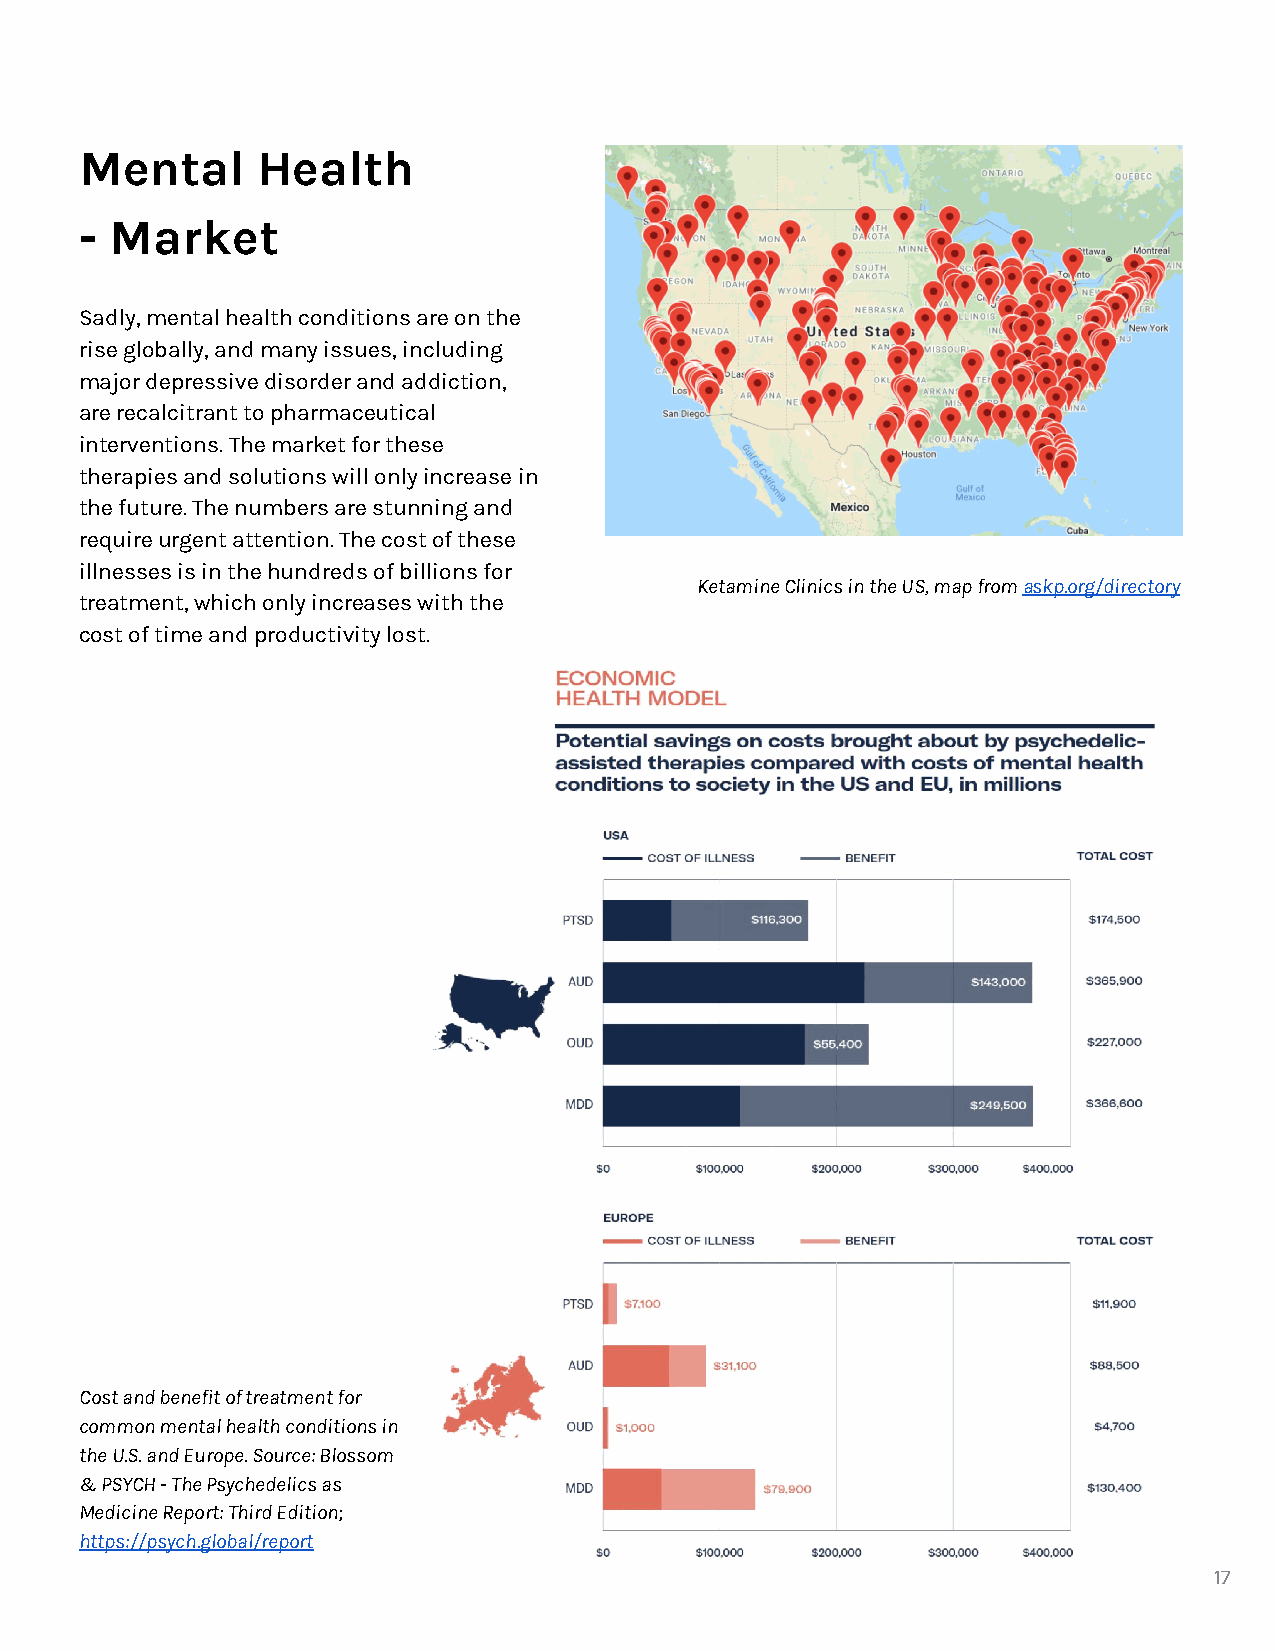
Mental      Health
 - Market
 Sadly, mental health conditions are on the
 rise globally, and many issues, including
 major depressive disorder and addiction,
 are recalcitrant to pharmaceutical
 interventions. The market for these
 therapies and solutions will only increase in
 the future. The numbers are stunning and
 require urgent attention. The cost of these
 illnesses is in the hundreds of billions for
 Ketamine Clinics in the US, map from askp.org/directory
 treatment, which only increases with the
 cost of time and productivity lost.
 Cost and benefit of treatment for
 common mental health conditions in
 the U.S. and Europe. Source: Blossom
 & PSYCH - The Psychedelics as
 Medicine Report: Third Edition;
 https://psych.global/report
 17